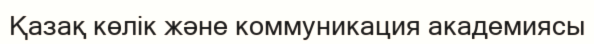
Қазақ көлік және коммуникация академиясы